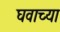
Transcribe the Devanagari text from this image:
घवाच्या